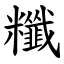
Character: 䊱